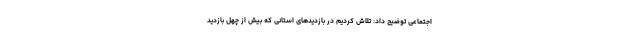
اجتماعی توضیح داد: تلاش کردیم در بازدیدهای استانی که بیش از چهل بازدید